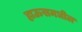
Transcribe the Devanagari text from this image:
हाऊसमधील